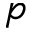
p